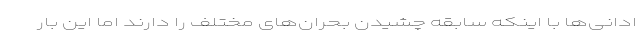
ادانی‌ها با اینکه سابقه چشیدنِ بحران‌های مختلف را دارند اما این بار